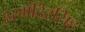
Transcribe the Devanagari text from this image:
हरमंदिरसिंह